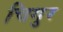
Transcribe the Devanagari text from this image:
चिगुर